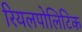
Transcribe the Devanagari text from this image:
रियलपोलिटिक